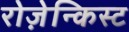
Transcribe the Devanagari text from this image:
रोज़ेन्किस्ट